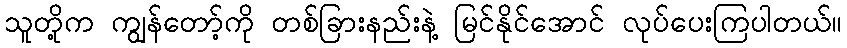
သူတို့က ကျွန်တော့်ကို တစ်ခြားနည်းနဲ့ မြင်နိုင်အောင် လုပ်ပေးကြပါတယ်။